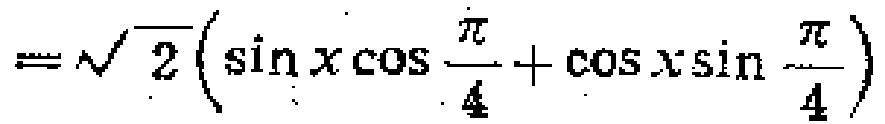
$=\sqrt{2}\left(\sin x\cos \frac{\pi}{4}+\cos x\sin \frac{\pi}{4}\right)$